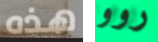
هذه روو